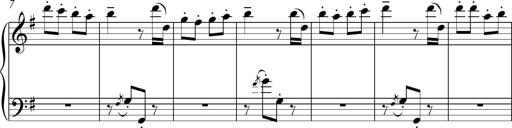
Title: Sonatina del HuÃ©car
Composer: JosÃ© Miguel Moreno Sabio